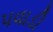
પવાડી